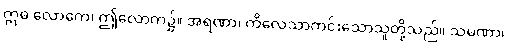
ဣဓ လောကေ၊ ဤလောက၌။ အရဏာ၊ ကိလေသာကင်းသောသူတို့သည်။ သမဏာ၊